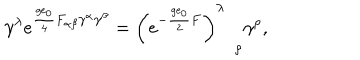
\gamma ^ { \lambda } e ^ { \frac { g e _ { 0 } } { 4 } F _ { \alpha \beta } \gamma ^ { \alpha } \gamma ^ { \beta } } = \left( e ^ { - \frac { g e _ { 0 } } { 2 } F } \right) _ { \quad \rho } ^ { \lambda } \gamma ^ { \rho } ,